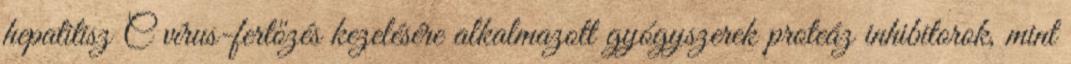
hepatitisz C vírus-fertőzés kezelésére alkalmazott gyógyszerek proteáz inhibitorok, mint